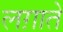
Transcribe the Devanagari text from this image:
लग़ाते